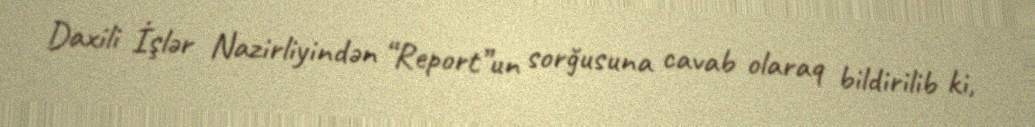
Daxili İşlər Nazirliyindən “Report”un sorğusuna cavab olaraq bildirilib ki,